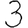
Digit: 3